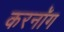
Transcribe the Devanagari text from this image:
करनॉग